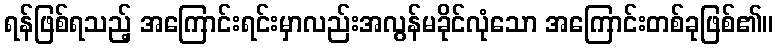
ရန်ဖြစ်ရသည့် အကြောင်းရင်းမှာလည်းအလွန်မခိုင်လုံသော အကြောင်းတစ်ခုဖြစ်၏။